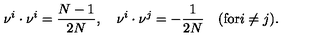
\nu ^ { i } \cdot \nu ^ { i } = { \frac { N - 1 } { 2 N } } , \quad \nu ^ { i } \cdot \nu ^ { j } = - { \frac { 1 } { 2 N } } \quad ( \mathrm { f o r } i \not = j ) .